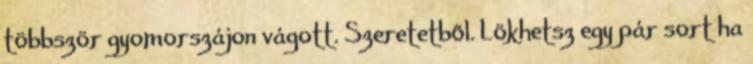
többször gyomorszájon vágott. Szeretetből. Lökhetsz egy pár sort ha